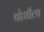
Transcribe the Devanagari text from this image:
बोधीला